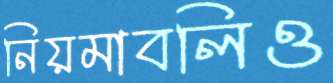
নিয়মাবলিও